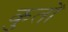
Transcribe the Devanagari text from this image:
कुतों